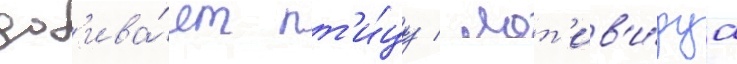
доб'ива́ет пт'и́цу / мот'ив'и́руа